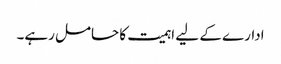
ادارے کے لیے اہمیت کا حامل رہے۔